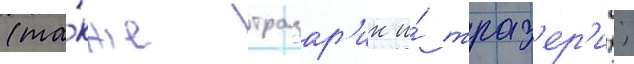
(та́кже тразар'ик и́ траз'ер'их;